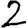
Digit: 2